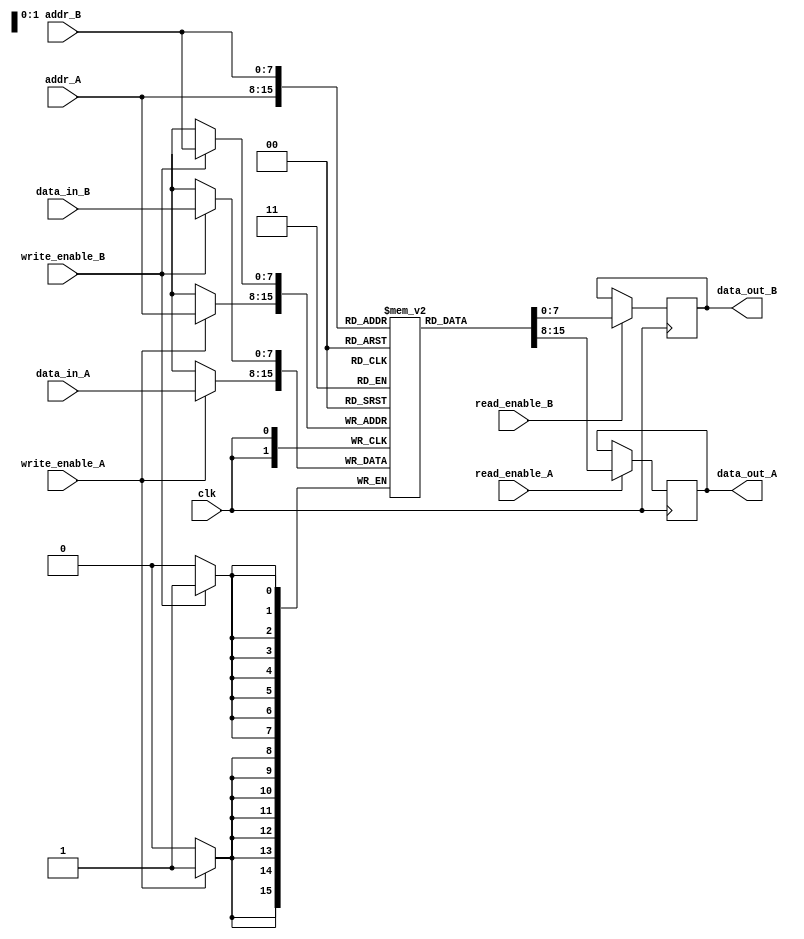
module dual_port_scratchpad_memory #(
    parameter DATA_WIDTH = 8,      // Data width for each port (e.g., 8, 16)
    parameter ADDR_WIDTH = 8        // Address width (for 256 locations: 8 bits, for 512: 9 bits)
)(
    input wire clk,                 // Clock signal
    input wire read_enable_A,       // Read enable for Port A
    input wire write_enable_A,      // Write enable for Port A
    input wire [ADDR_WIDTH-1:0] addr_A, // Address for Port A
    input wire [DATA_WIDTH-1:0] data_in_A, // Data input for Port A
    output reg [DATA_WIDTH-1:0] data_out_A, // Data output for Port A

    input wire read_enable_B,       // Read enable for Port B
    input wire write_enable_B,      // Write enable for Port B
    input wire [ADDR_WIDTH-1:0] addr_B, // Address for Port B
    input wire [DATA_WIDTH-1:0] data_in_B, // Data input for Port B
    output reg [DATA_WIDTH-1:0] data_out_B // Data output for Port B
);

    // Memory array
    reg [DATA_WIDTH-1:0] memory [(2**ADDR_WIDTH)-1:0];

    // Synchronous read/write for Port A
    always @(posedge clk) begin
        if (write_enable_A) begin
            memory[addr_A] <= data_in_A; // Write data to memory
        end
        if (read_enable_A) begin
            data_out_A <= memory[addr_A]; // Read data from memory
        end
    end

    // Synchronous read/write for Port B
    always @(posedge clk) begin
        if (write_enable_B) begin
            memory[addr_B] <= data_in_B; // Write data to memory
        end
        if (read_enable_B) begin
            data_out_B <= memory[addr_B]; // Read data from memory
        end
    end

endmodule